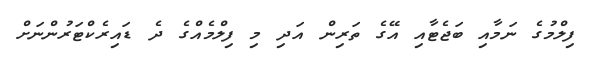
ފިލްމުގެ ނަމާއި ބަޖެޓާއި އޭގެ ތަރިން އަދި މި ފިލްމެއްގެ ދެ ޑައިރެކްޓަރުންނަށް